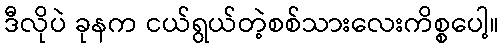
ဒီလိုပဲ ခုနက ငယ်ရွယ်တဲ့စစ်သားလေးကိစ္စပေါ့။